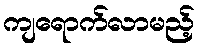
ကျရောက်လာမည့်